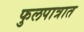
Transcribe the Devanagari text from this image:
फुलपात्रात